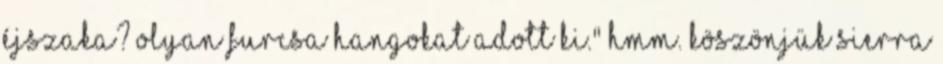
éjszaka? Olyan furcsa hangokat adott ki." hmm. Köszönjük Sierra